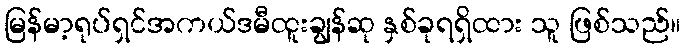
မြန်မာ့ရုပ်ရှင်အကယ်ဒမီထူးချွန်ဆု နှစ်ခုရရှိထား သူ ဖြစ်သည်။